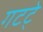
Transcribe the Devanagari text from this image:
गटटे्